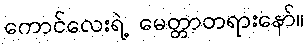
ကောင်လေးရဲ့ မေတ္တာတရားနော်။